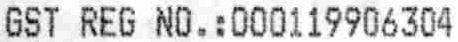
GST REG NO.:000119906304